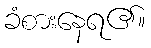
ခံစားနေရ၏။